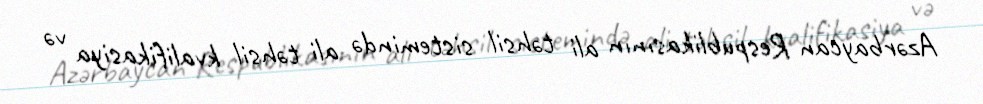
Azərbaycan Respublikasının ali təhsil sistemində ali təhsil kvalifikasiya və